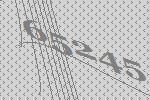
65245